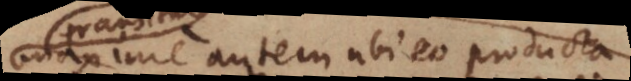
axime autem ubi eo producta